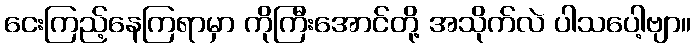
ငေးကြည့်နေကြရာမှာ ကိုကြီးအောင်တို့ အသိုက်လဲ ပါသပေါ့ဗျာ။